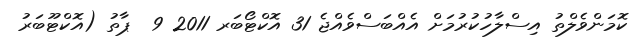
ކޮމަންވެލްތު އިސްލާހުކުރުމަށް އެއްބަސްވެއްޖެ 31 އޮކްޓޯބަރ 2011 9  ޕާތު (އޮކްޓޫބަރު